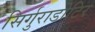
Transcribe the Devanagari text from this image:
सिर्गुराडोटिर